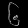
Digit: ၆